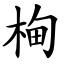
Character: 㭵